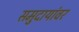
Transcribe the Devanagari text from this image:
समुदायांवर